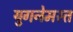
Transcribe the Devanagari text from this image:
युगनेमस्त